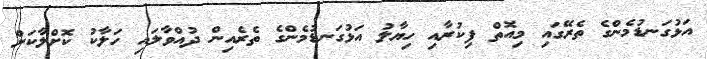
އަޅުގަނޑުމެންގެ ތެރޭގައި މިއޮތް ފިކުރާއި ހިޔާލު އަޅުގަނޑުމެންގެ ތެރެއިން ދުއްވާލައި ހަލާކު ކޮށްލާކަށް